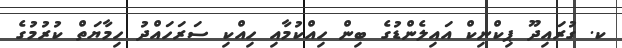
ކ. ގުރައިދޫ ޕިކްނިކް އައިލެންޑުގެ ބިން ހިއްކުމާއި ހިއްކި ސަރަހައްދު ހިމާޔަތް ކުރުމުގެ